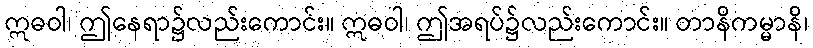
ဣဓဝါ၊ ဤနေရာ၌လည်းကောင်း။ ဣဓဝါ၊ ဤအရပ်၌လည်းကောင်း။ တာနိကမ္မာနိ၊